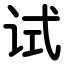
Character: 试